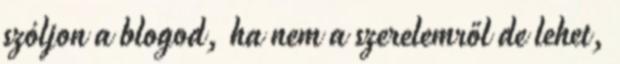
szóljon a blogod, ha nem a szerelemről de lehet,